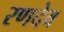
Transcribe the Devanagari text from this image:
रणदेव